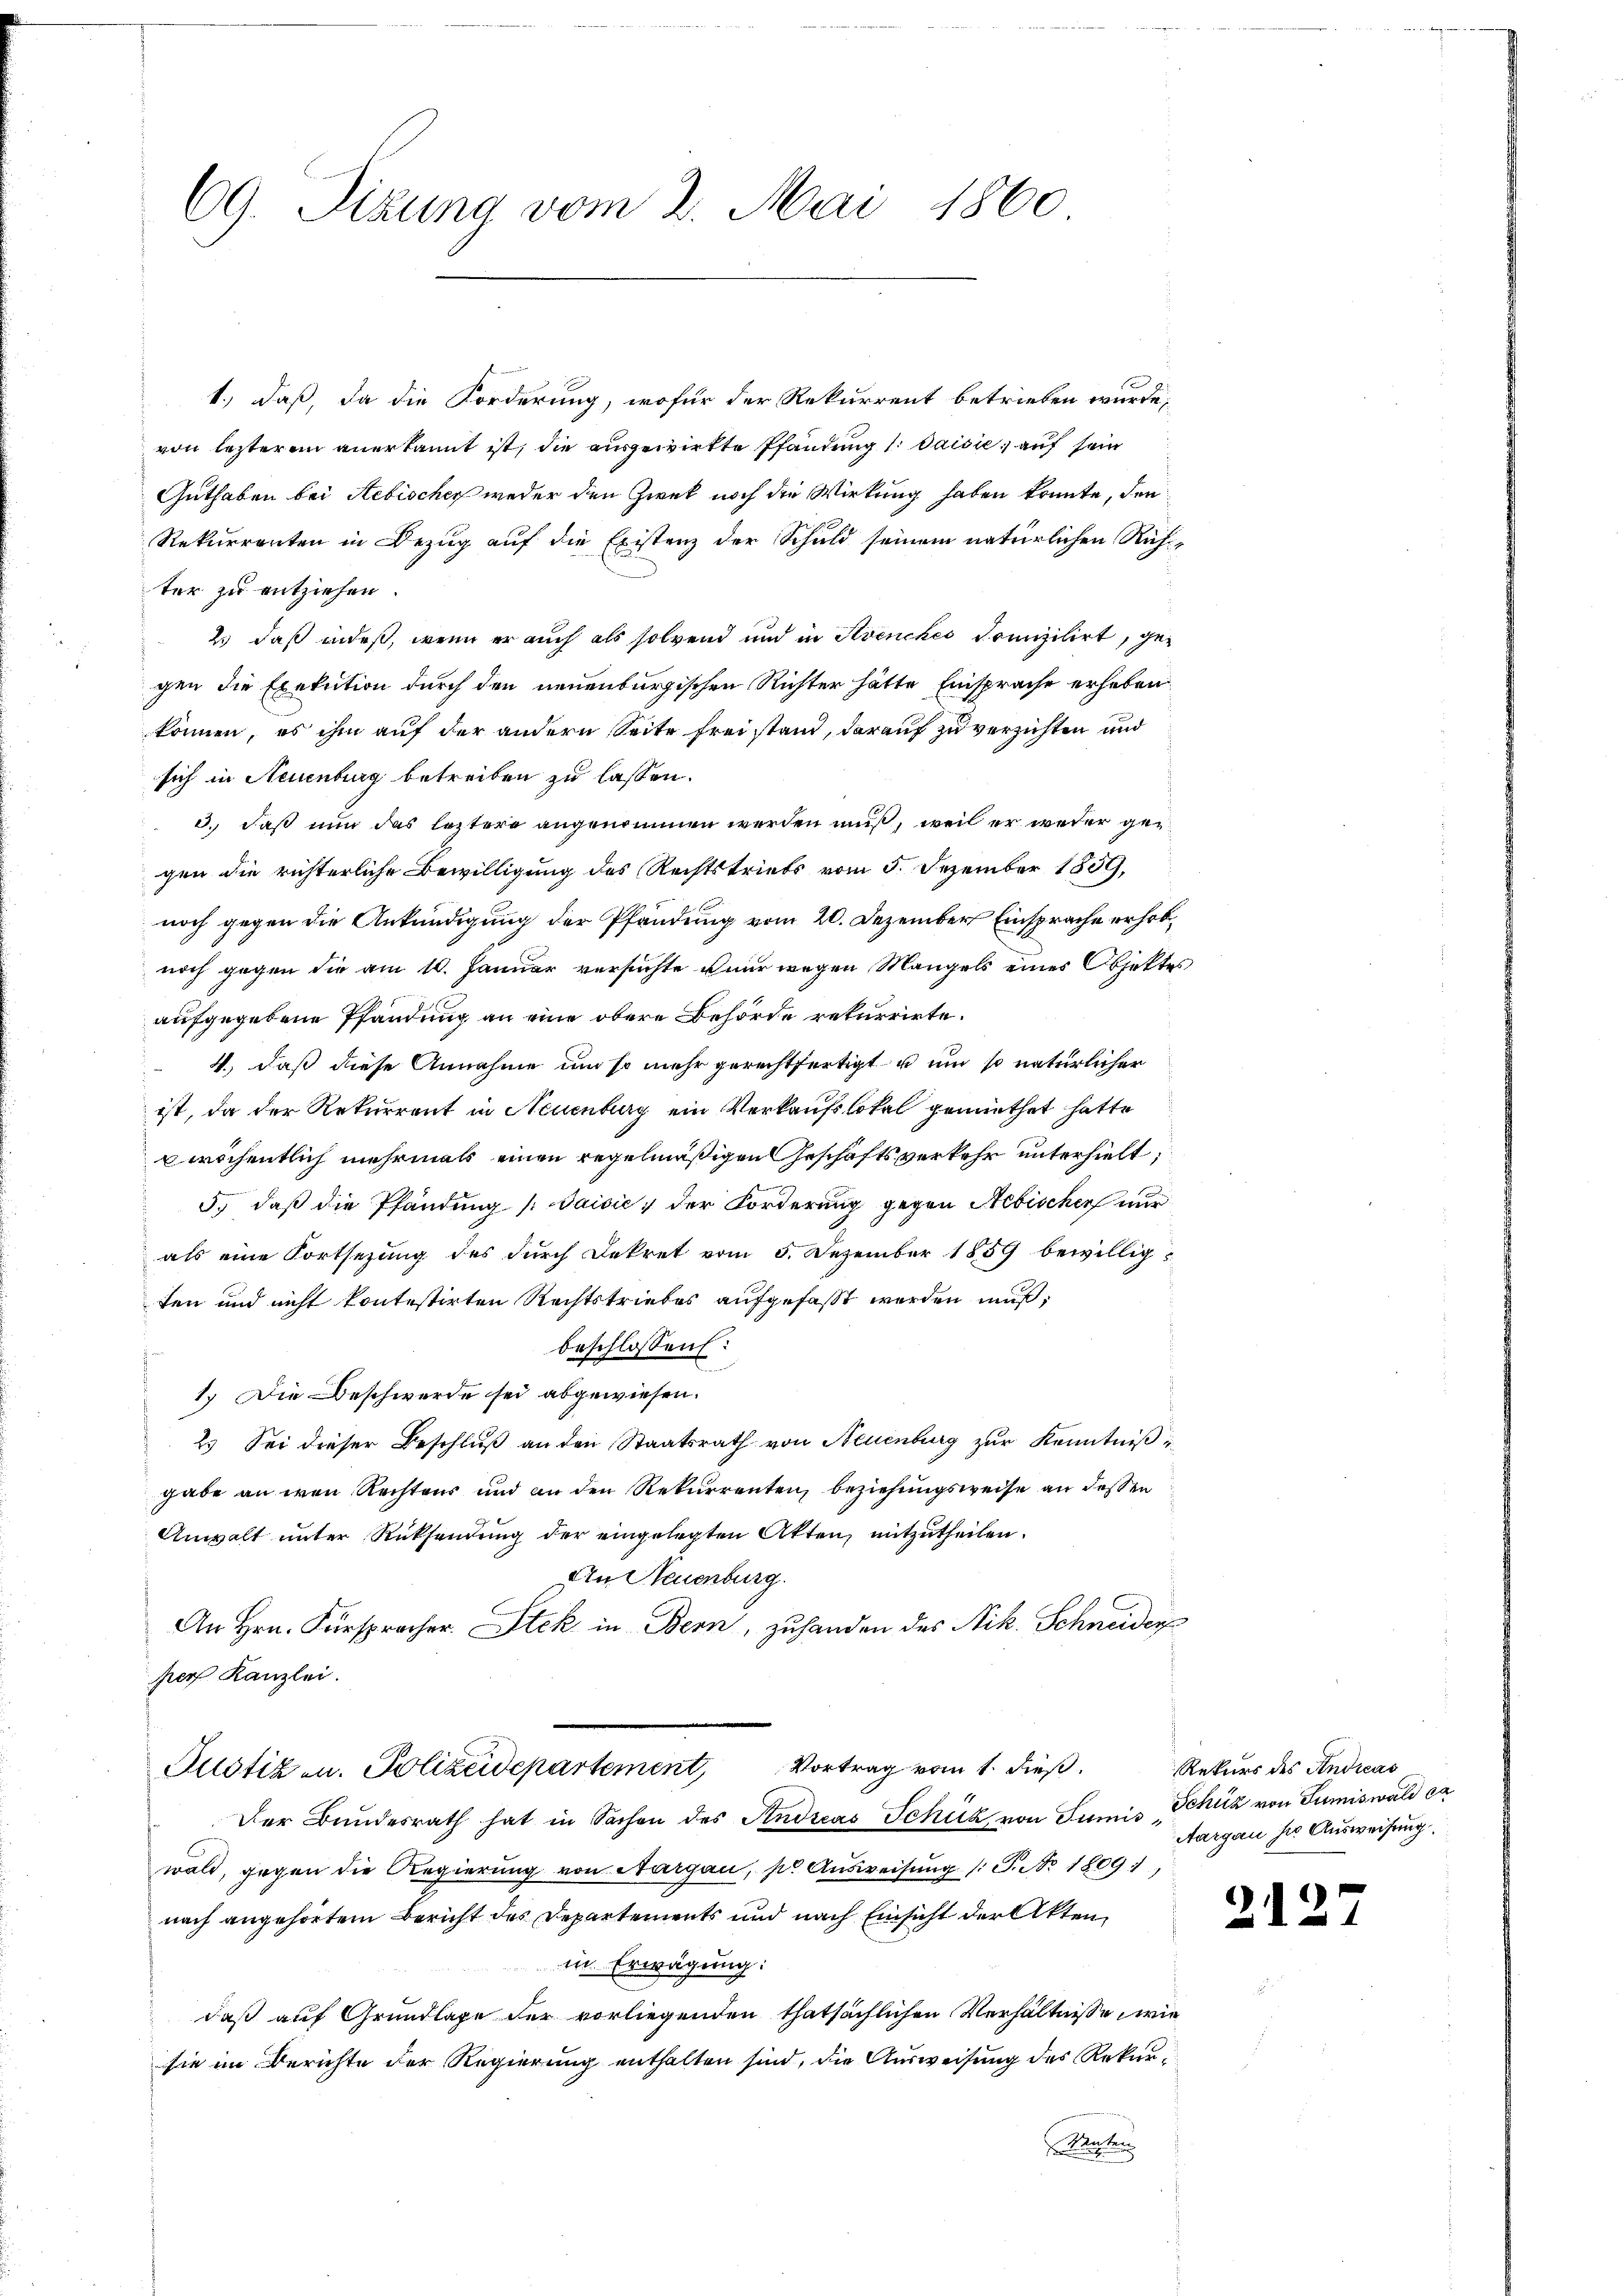
69. Sizung vom 2. Mai 1860

1., daß, da die Forderung, wofür der Rekurrent betrieben wurde,
von lezterem anerkannt ist, die ausgewirkte Pfändung 1. Daisie; auf sein
Guthaben bei Rebischer weder den Zwek noch die Wirkung haben könnte, den
Rekurrenten in Bezug auf die Existenz der Schuld seinem natürlichen Richter zu entziehen.
2. daß indeß, wenn er auch als solvend und in Avenches Prinzilirt, gegen die Exekution durch den neuenburgischen Richter hätte Einsprache erheben
können, es ihm auf der andern Seite freistand, darauf zu verzichten und
sich in Neuenburg betreiben zu lassen.
3.) Daß nun das leztere angenommen werden muß, weil er weder gen
gen die richterliche Bewilligung des Rechtstriebs vom 5. Dezember 1859,
noch gegen die Ankündigung der Pfändung vom 20. Dezember Einsprache erhob,
noch gegen die am 10. Januar versuchte nur wegen Mangels eines Objektes
aufgegebene Pfandung an eine obere Behörde rekurrirte.
4.), daß diese Annahme um so mehr gerechtfertigt u und so natürlicher
ist, da der Rekurrent in Neuenburg ein Verkaufslokal gemüthet hatte
wöchentlich mehrmals einen regelmäßigen Geschäftsverkehr unterhielt,
5.) daß die Pfändung (: Jaisić, der Forderung gegen Aebischer nur
als eine Fortsezung des durch Dekret vom 5. Dezember 1859 bewillig
ten und nicht kontestirten Rechtstriebes aufgefaßt werden muß,
beschlossen:
1.) Die Beschwerde sei abgewiesen.
2. Sei dieser Beschluß an den Staatsrath von Neuenburg zur Kenntniß i
gabe an den Rechtens und an den Rekurrenten, beziehungsweise an deßen
Anwalt unter Rücksendung der eingelegten Akten, mitzutheilen.
An Neuenburg.
An Hrn. Fürspracher Stek in Bern, zuhanden des Nik. Schneider
her Kanzlei.
Justiz u. Polizeidepartement, Vortrag vom 1. dieß.
Der Bundesrath hat in Sachen des Andreas Schick von Sumis Schick von Sumiswald ca
wald, gegen die Regierung von Aargau, pr Ausweisung (: P. No 1809.
nach angehörtem Bericht des Departements und nach Einsicht der Akten
in. Erwägung:
daß auf Grundlage der vorliegenden thatsächlichen Verhältnisse, wie
sie im Berichte der Regierung enthalten sind, die Ausweisung des Rekurte

Rekurs des Andicas
Aargau ser Ausweisung.

2